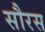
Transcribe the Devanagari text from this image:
सौरस